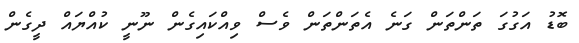
ބޮޑު އަގުގަ ތަންތަން ގަނެ އެތަންތަން ވެސް ވިއްކައިގެން ނޫނީ ކުއްޔައް ދީގެން